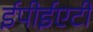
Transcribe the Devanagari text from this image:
ईपीईएटी